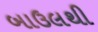
બાઉલથી